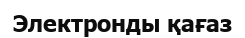
Электронды қағаз